Civil Veterinary Department. Madras. Admin. report 1926-33 - 1926-1933
Year: 1926
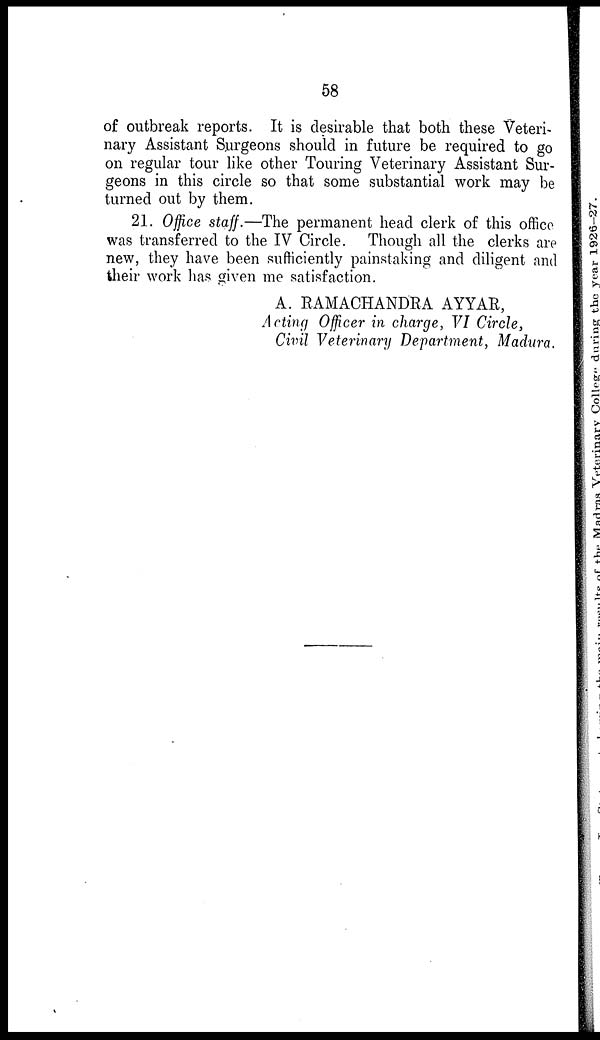
58
of outbreak reports. It is desirable that both these Veteri-
nary Assistant Surgeons should in future be required to go
on regular tour like other Touring Veterinary Assistant Sur-
geons in this circle so that some substantial work may be
turned out by them.
21. Office staff.—The permanent head clerk of this office
was transferred to the IV Circle. Though all the clerks are
new, they have been sufficiently painstaking and diligent and
their work has given me satisfaction.
A. RAMACHANDRA AYYAR,
Acting Officer in charge, VI Circle,
Civil Veterinary Department, Madura.